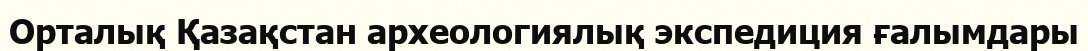
Орталық Қазақстан археологиялық экспедиция ғалымдары